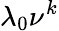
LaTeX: \lambda_{0}\nu^{k}